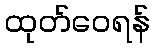
ထုတ်ဝေရန်